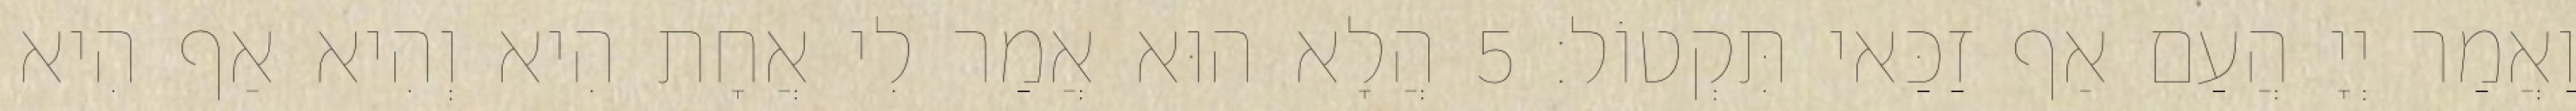
וַאֲמַר יְיָ הֲעַם אַף זַכַּאי תִּקְטוֹל׃ 5 הֲלָא הוּא אֲמַר לִי אֲחָת הִיא וְהִיא אַף הִיא